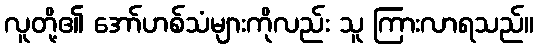
လူတို့၏ အော်ဟစ်သံများကိုလည်း သူ ကြားလာရသည်။